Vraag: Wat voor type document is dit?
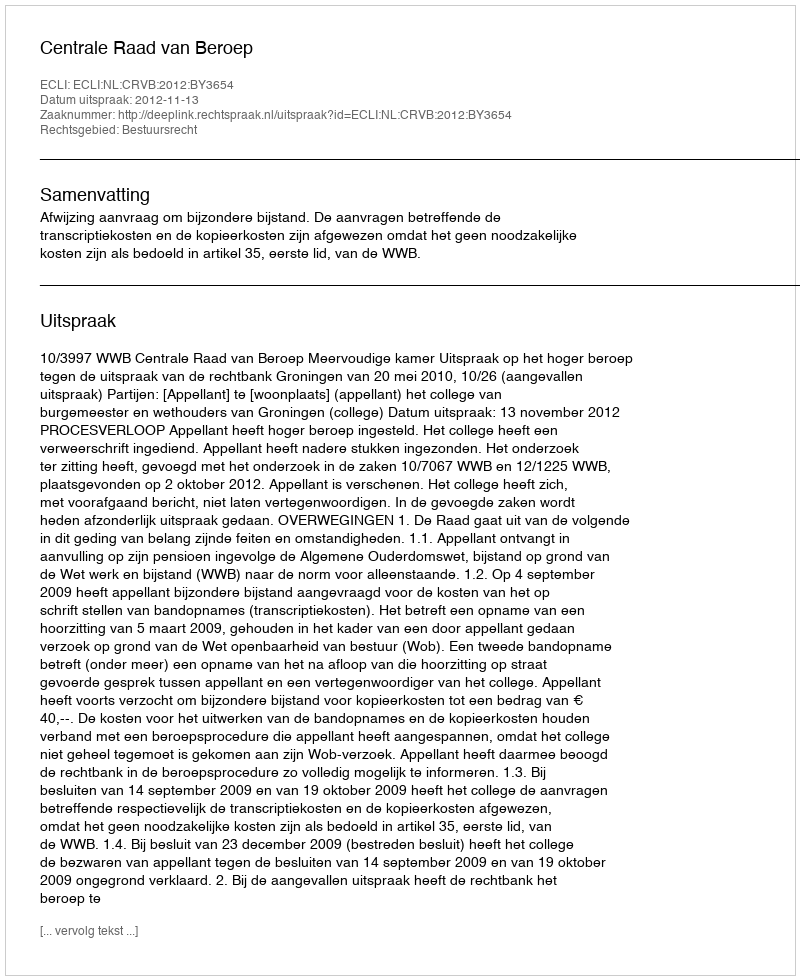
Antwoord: Uitspraak